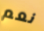
نعم